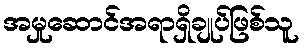
အမှုဆောင်အရာရှိချုပ်ဖြစ်သူ